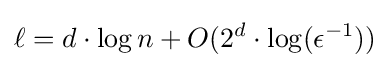
\ell =d\cdot \log n+O(2^{d}\cdot \log(\epsilon ^{-1}))